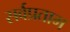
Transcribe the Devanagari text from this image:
सर्वप्रताम